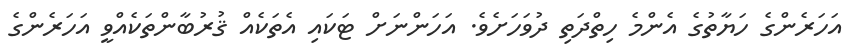
އަހަރެންގެ ހަޔާތުގެ އެންމެ ހިތްދަތި ދުވަހަށެވެ. އަހަންނަށް ޓަކައި އެތަކެއް ޤުރުބާންތަކެއްވީ އަހަރެންގެ